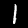
Label: 1